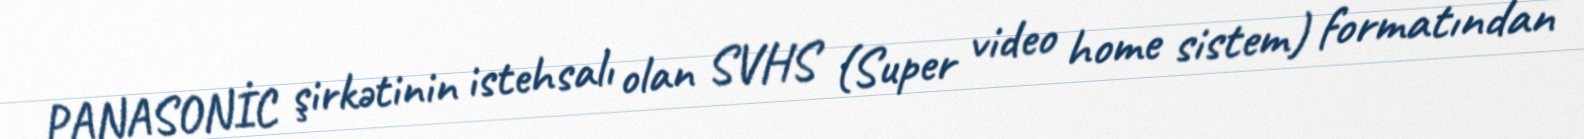
PANASONİC şirkətinin istehsalı olan SVHS (Super video home sistem) formatından